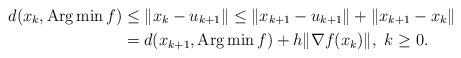
LaTeX: \begin{align*} d(x_k, \mathrm{Arg}\min f) &\leq \|x_k-u_{k+1}\| \leq \|x_{k+1}-u_{k+1}\|+\|x_{k+1}-x_k\| \\ &= d(x_{k+1}, \mathrm{Arg}\min f)+ h\|\nabla f(x_k)\|, ~k\geq0. \end{align*}